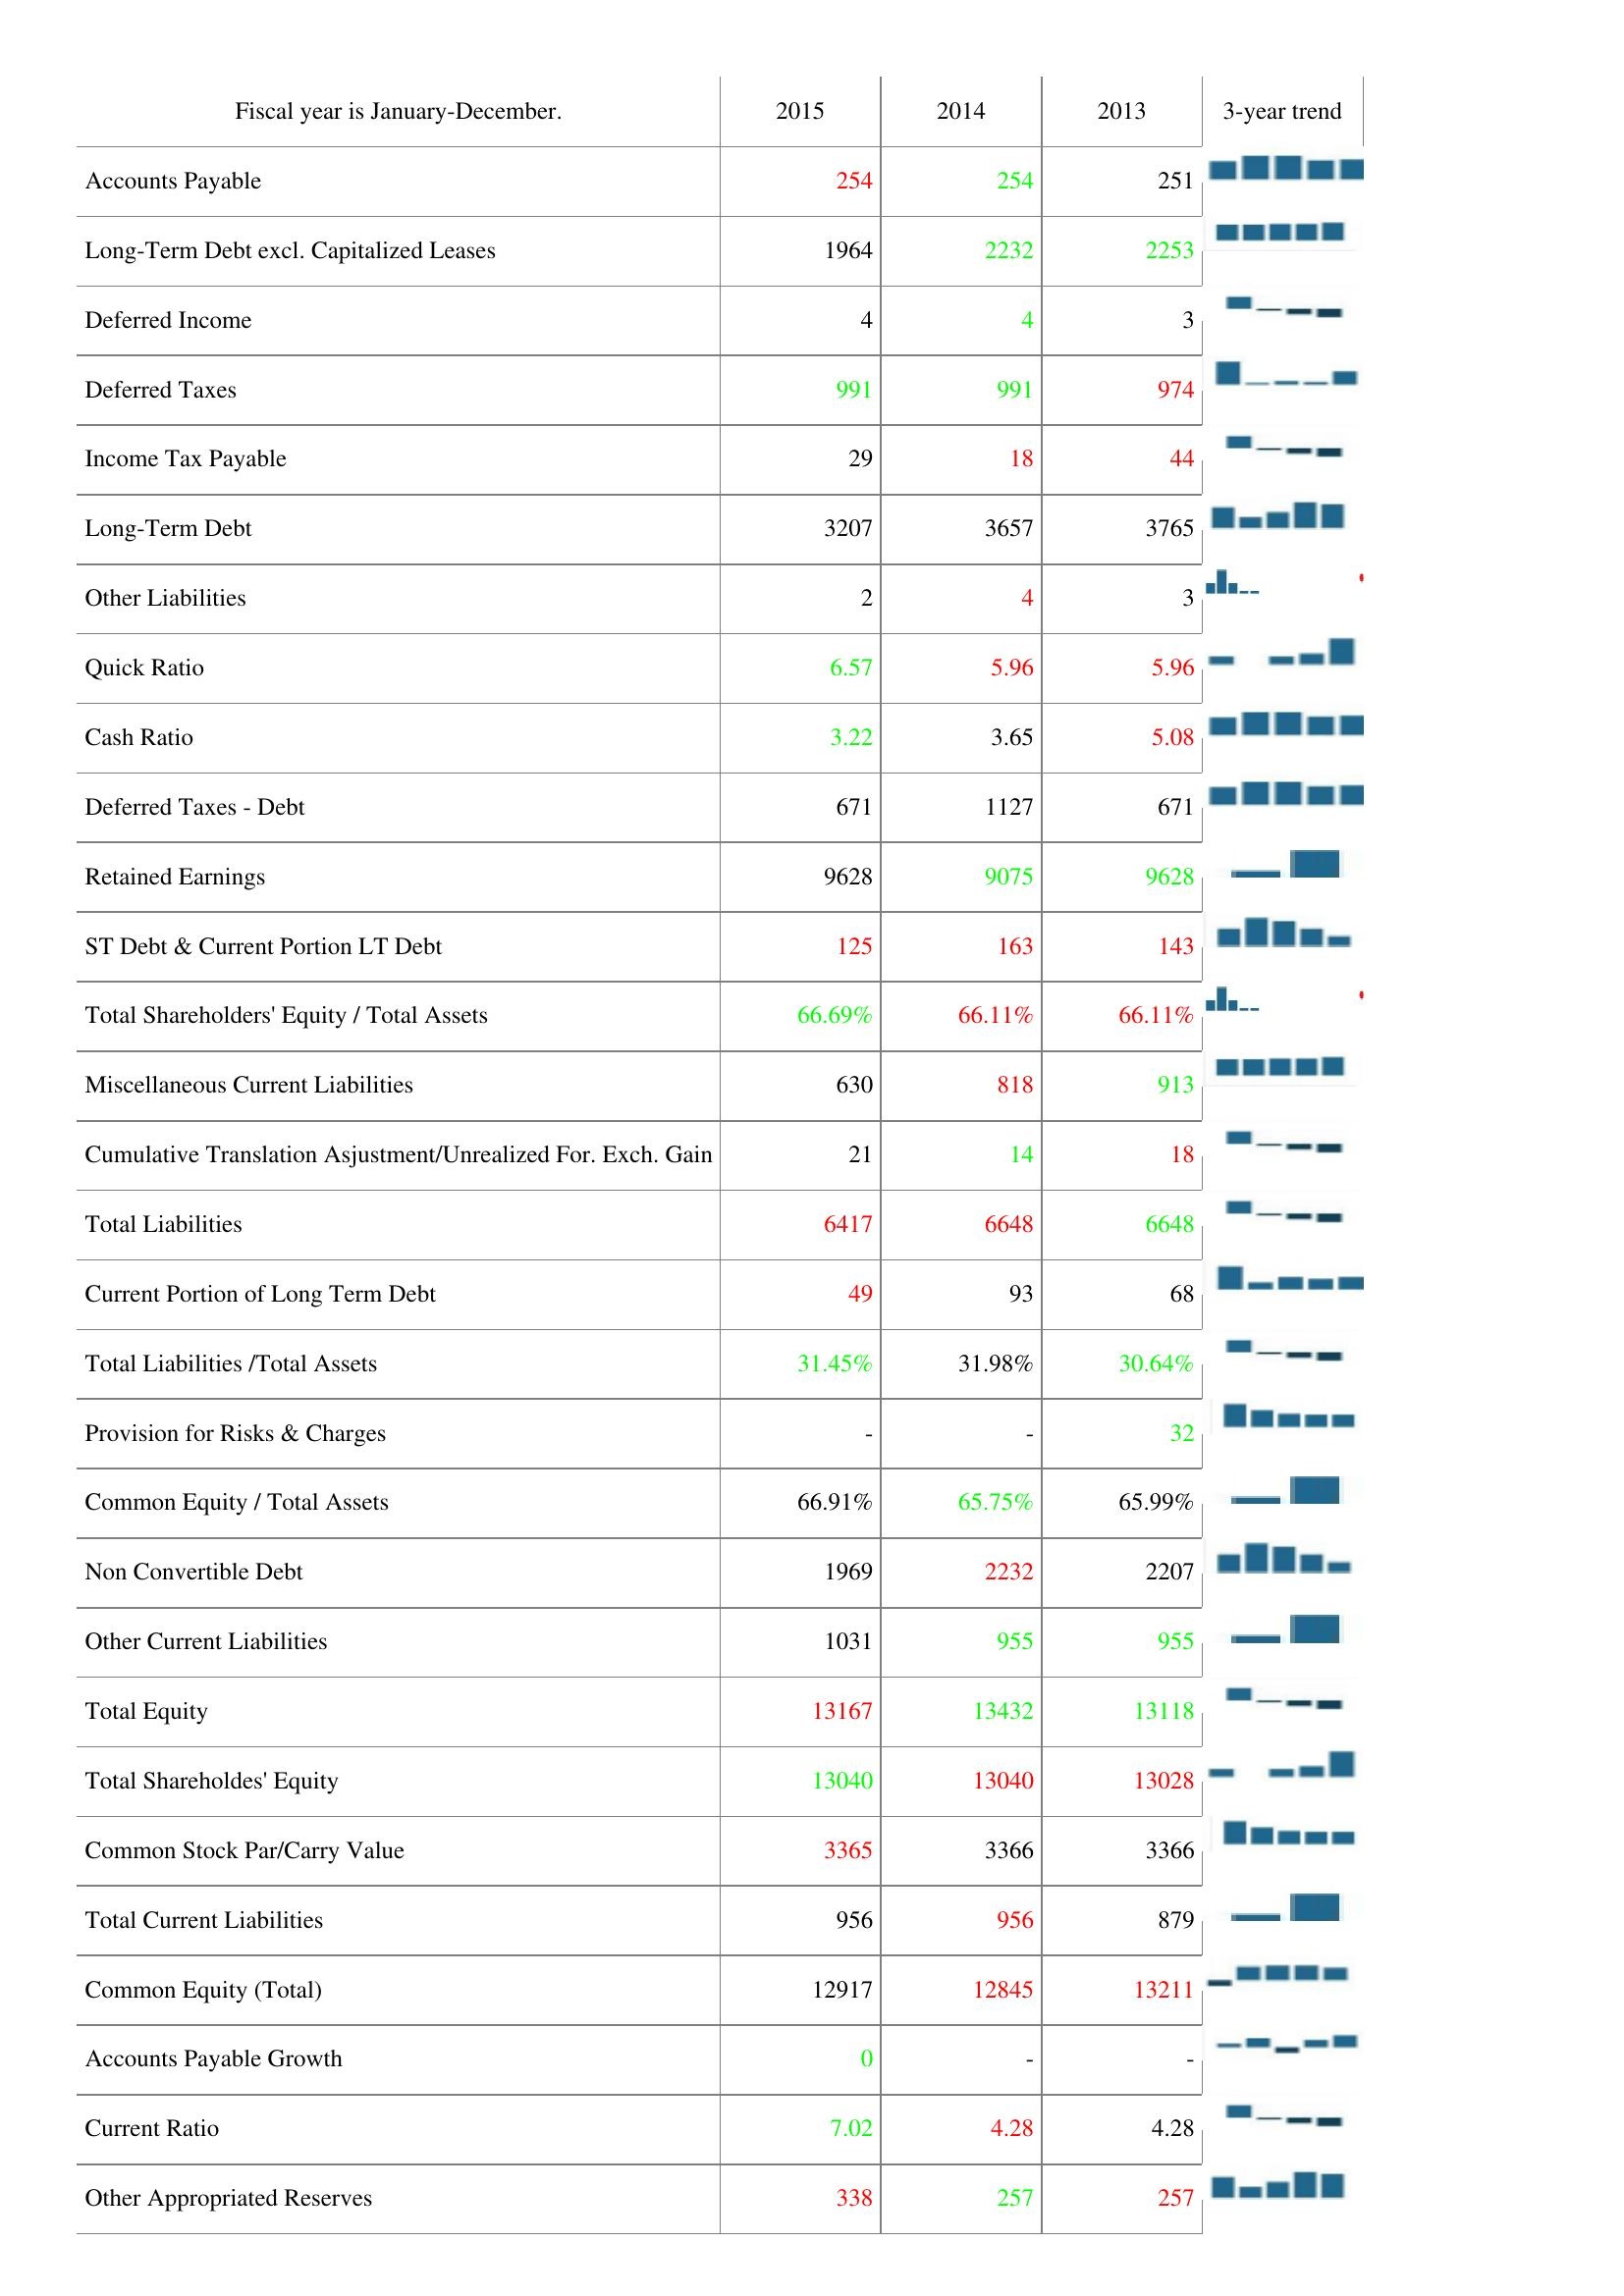
2015: Liabilities & Shareholder's Equity: Accounts Payable: 254
Long-Term Debt excl. Capitalized Leases: 1964
Deferred Income: 4
Deferred Taxes: 991
Income Tax Payable: 29
Long-Term Debt: 3207
Other Liabilities: 2
Quick Ratio: 6.57
Cash Ratio: 3.22
Deferred Taxes - Debt: 671
Retained Earnings: 9628
ST Debt & Current Portion LT Debt: 125
Total Shareholders' Equity / Total Assets: 66.69%
Miscellaneous Current Liabilities: 630
Cumulative Translation Asjustment/Unrealized For. Exch. Gain: 21
Total Liabilities: 6417
Current Portion of Long Term Debt: 49
Total Liabilities /Total Assets: 31.45%
Provision for Risks & Charges: -
Common Equity / Total Assets: 66.91%
Non Convertible Debt: 1969
Other Current Liabilities: 1031
Total Equity: 13167
Total Shareholdes' Equity: 13040
Common Stock Par/Carry Value: 3365
Total Current Liabilities: 956
Common Equity (Total): 12917
Accounts Payable Growth: 0
Current Ratio: 7.02
Other Appropriated Reserves: 338
2014: Liabilities & Shareholder's Equity: Accounts Payable: 254
Long-Term Debt excl. Capitalized Leases: 2232
Deferred Income: 4
Deferred Taxes: 991
Income Tax Payable: 18
Long-Term Debt: 3657
Other Liabilities: 4
Quick Ratio: 5.96
Cash Ratio: 3.65
Deferred Taxes - Debt: 1127
Retained Earnings: 9075
ST Debt & Current Portion LT Debt: 163
Total Shareholders' Equity / Total Assets: 66.11%
Miscellaneous Current Liabilities: 818
Cumulative Translation Asjustment/Unrealized For. Exch. Gain: 14
Total Liabilities: 6648
Current Portion of Long Term Debt: 93
Total Liabilities /Total Assets: 31.98%
Provision for Risks & Charges: -
Common Equity / Total Assets: 65.75%
Non Convertible Debt: 2232
Other Current Liabilities: 955
Total Equity: 13432
Total Shareholdes' Equity: 13040
Common Stock Par/Carry Value: 3366
Total Current Liabilities: 956
Common Equity (Total): 12845
Accounts Payable Growth: -
Current Ratio: 4.28
Other Appropriated Reserves: 257
2013: Liabilities & Shareholder's Equity: Accounts Payable: 251
Long-Term Debt excl. Capitalized Leases: 2253
Deferred Income: 3
Deferred Taxes: 974
Income Tax Payable: 44
Long-Term Debt: 3765
Other Liabilities: 3
Quick Ratio: 5.96
Cash Ratio: 5.08
Deferred Taxes - Debt: 671
Retained Earnings: 9628
ST Debt & Current Portion LT Debt: 143
Total Shareholders' Equity / Total Assets: 66.11%
Miscellaneous Current Liabilities: 913
Cumulative Translation Asjustment/Unrealized For. Exch. Gain: 18
Total Liabilities: 6648
Current Portion of Long Term Debt: 68
Total Liabilities /Total Assets: 30.64%
Provision for Risks & Charges: 32
Common Equity / Total Assets: 65.99%
Non Convertible Debt: 2207
Other Current Liabilities: 955
Total Equity: 13118
Total Shareholdes' Equity: 13028
Common Stock Par/Carry Value: 3366
Total Current Liabilities: 879
Common Equity (Total): 13211
Accounts Payable Growth: -
Current Ratio: 4.28
Other Appropriated Reserves: 257